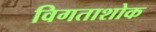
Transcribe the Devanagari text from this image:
विगताशोक